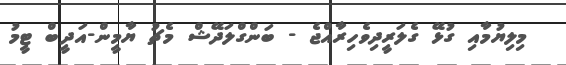
މިލިޔުމާއި ގުޅޭ ގެލަރީދިވެހިރާއްޖެ - ބަންގްލަދޭޝް މެޗު ޔާމީން-އަދީބް ޓީމު